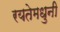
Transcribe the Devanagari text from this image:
रयतेमधुनी